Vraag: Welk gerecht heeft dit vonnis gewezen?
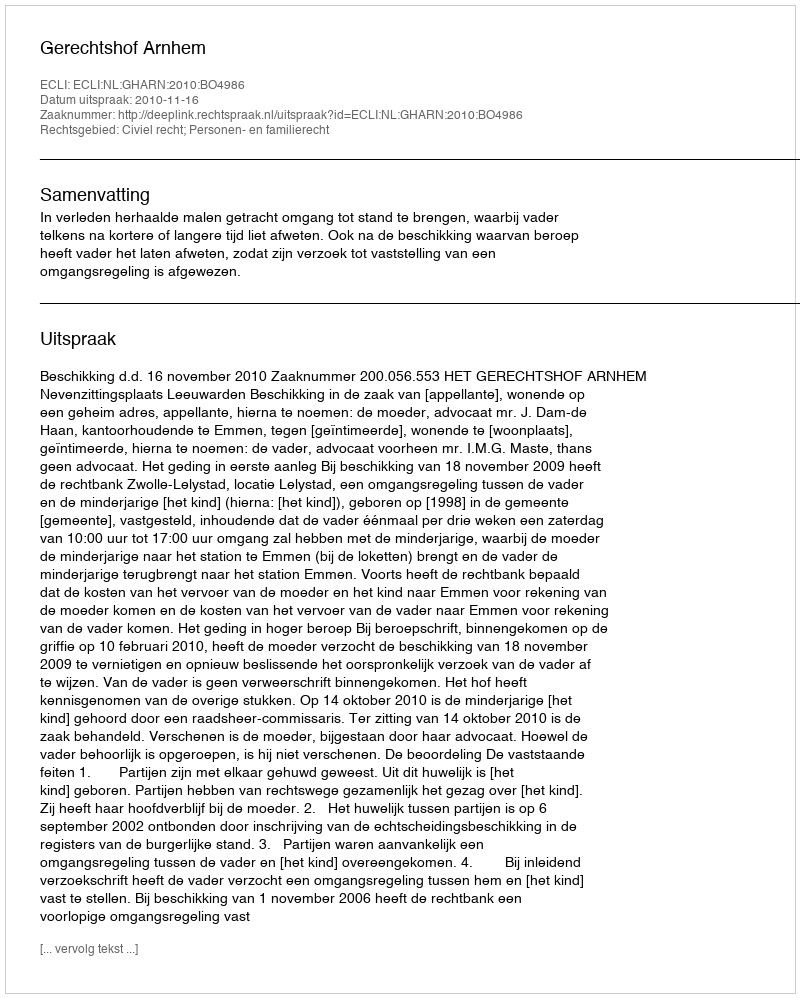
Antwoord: Gerechtshof Arnhem